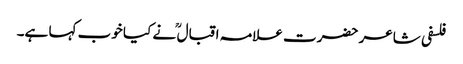
فلسفی شاعر حضرت علامہ اقبال ؒ نے کیا خوب کہا ہے۔